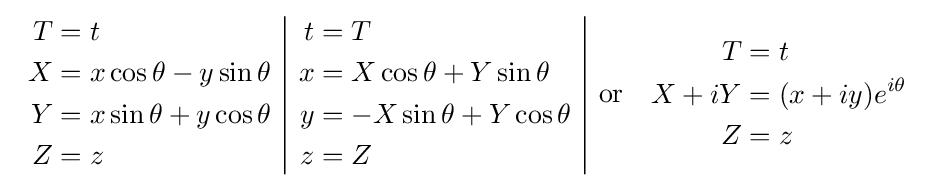
{\begin{array}{c|c|c}{\begin{aligned}T&=t\\X&=x\cos \theta -y\sin \theta \\Y&=x\sin \theta +y\cos \theta \\Z&=z\end{aligned}}&{\begin{aligned}t&=T\\x&=X\cos \theta +Y\sin \theta \\y&=-X\sin \theta +Y\cos \theta \\z&=Z\end{aligned}}&{\text{or}}\quad {\begin{aligned}T&=t\\X+iY&=(x+iy)e^{i\theta }\\Z&=z\end{aligned}}\end{array}}